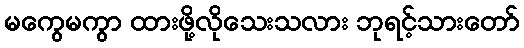
မကွေမကွာ ထားဖို့လိုသေးသလား ဘုရင့်သားတော်